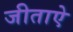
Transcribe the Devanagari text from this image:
जीताऐ